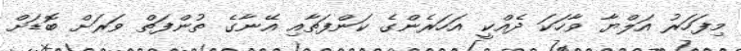
މިފަހަރު އަލްޔާ ވާހަކަ ދެއްކީ އަހަރެންގެ ކަންފަތާއި އޭނާގެ ތުންފަތް ވަރަށް ބޮޑަށް